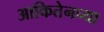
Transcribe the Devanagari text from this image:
आकितेनच्या